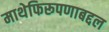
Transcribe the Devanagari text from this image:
माथेफिरूपणाबद्दल